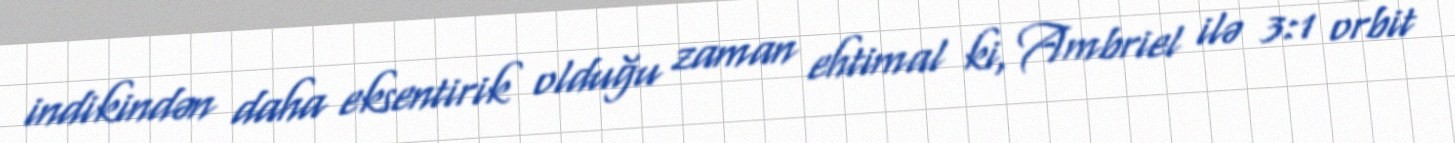
indikindən daha eksentirik olduğu zaman ehtimal ki, Ambriel ilə 3:1 orbit